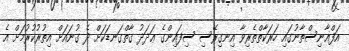
އަފްޣާނިސްތާނުގައި ހަރަކާތްތެރިވާ އިނގިރޭސި ސިފައިންގެ ޢަދަދު ގާތްގަނޑަކަށް ދެ ގުނައަށް އިތުރުކުރުމަށް އެ